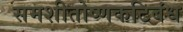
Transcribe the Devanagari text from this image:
समशीतोष्णकटिबंध